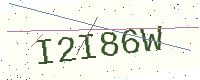
Text: I2I86W